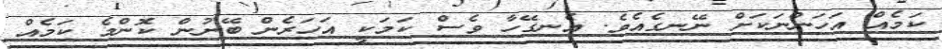
ކަމެއް އަހަންނަކަށް ނޭނގެއެވެ. އެނގޭހާ ވެސް ކަމަކީ އަހަރެން ބޭނުން ކޮންމެ ކަމެއް